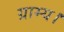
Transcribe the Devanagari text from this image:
ग्राम्य।